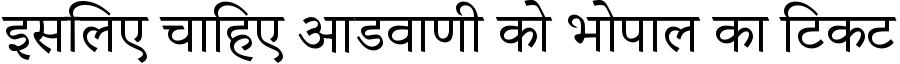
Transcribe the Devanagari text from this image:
इसलिए चाहिए आडवाणी को भोपाल का टिकट